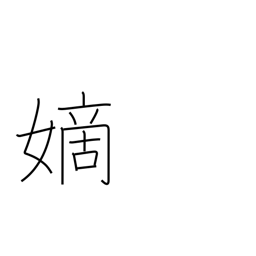
Meaning: legitimate wife